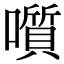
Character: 𡂒